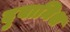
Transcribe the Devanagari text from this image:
दुवामिश